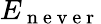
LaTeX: E_{\mathrm{~n~e~v~e~r~}}